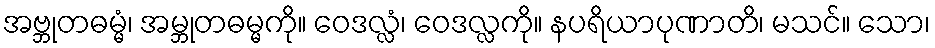
အဗ္ဘုတဓမ္မံ၊ အမ္ဘုတဓမ္မကို။ ဝေဒလ္လံ၊ ဝေဒလ္လကို။ နပရိယာပုဏာတိ၊ မသင်။ သော၊